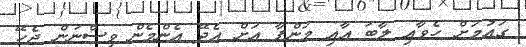
ގައުމަށް ހެވާއި ލާބަ އާއި މަންފާ އަށް އެދޭ އެންމެން ވިސްނަން ޖެހޭ